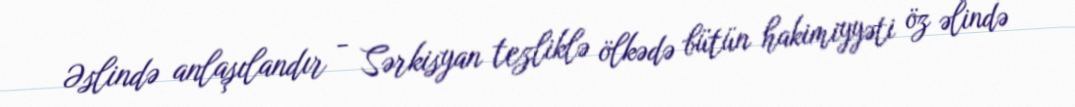
Əslində anlaşılandır - Sərkisyan tezliklə ölkədə bütün hakimiyyəti öz əlində